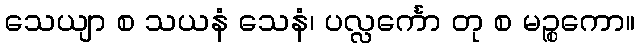
သေယျာ စ သယနံ သေနံ၊ ပလ္လင်္ကော တု စ မဉ္စကော။